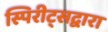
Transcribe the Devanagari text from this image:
स्पिरीट्सद्वारा